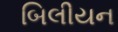
બિલીયન